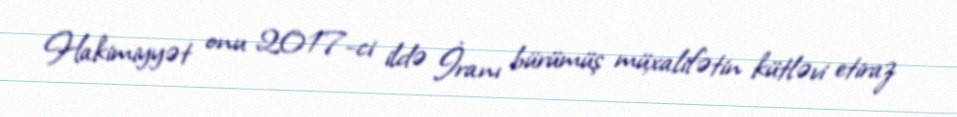
Hakimiyyət onu 2017-ci ildə İranı bürümüş müxalifətin kütləvi etiraz